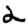
Digit: 2